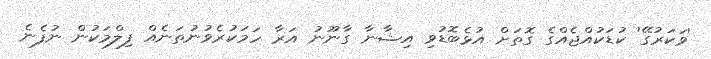
'ވަކަރުގޭ' ކުޑަކުއްޖެއްގެ ގޮތަށް އުޅެބޮޑުވި އިޝާނާ ގާނޫނު އަރާ ހަމަކުރެވުނުތަނެއް ފިލްމަކުން ނުފެނެ